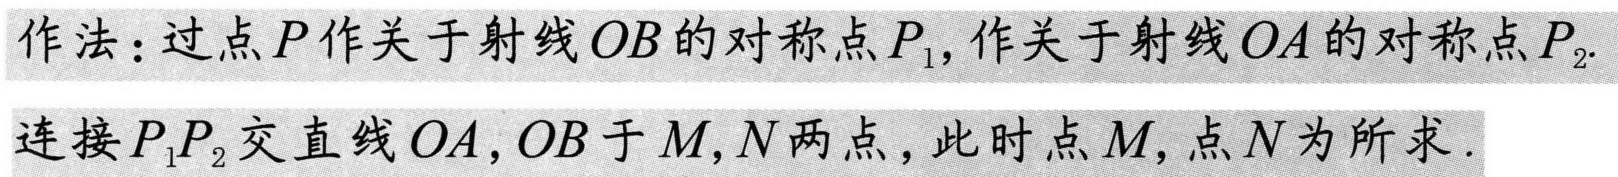
作法：过点\(P\)作关于射线\(OB\)的对称点\(P_1\)，作关于射线\(OA\)的对称点\(P_2\).
连接\(P_1P_2\)交直线\(OA,OB\)于\(M,N\)两点，此时点\(M\)，点\(N\)为所求.